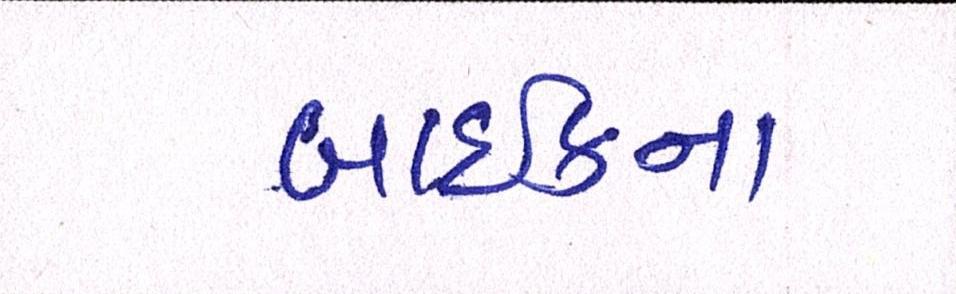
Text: બાઈકના